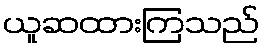
ယူဆထားကြသည်